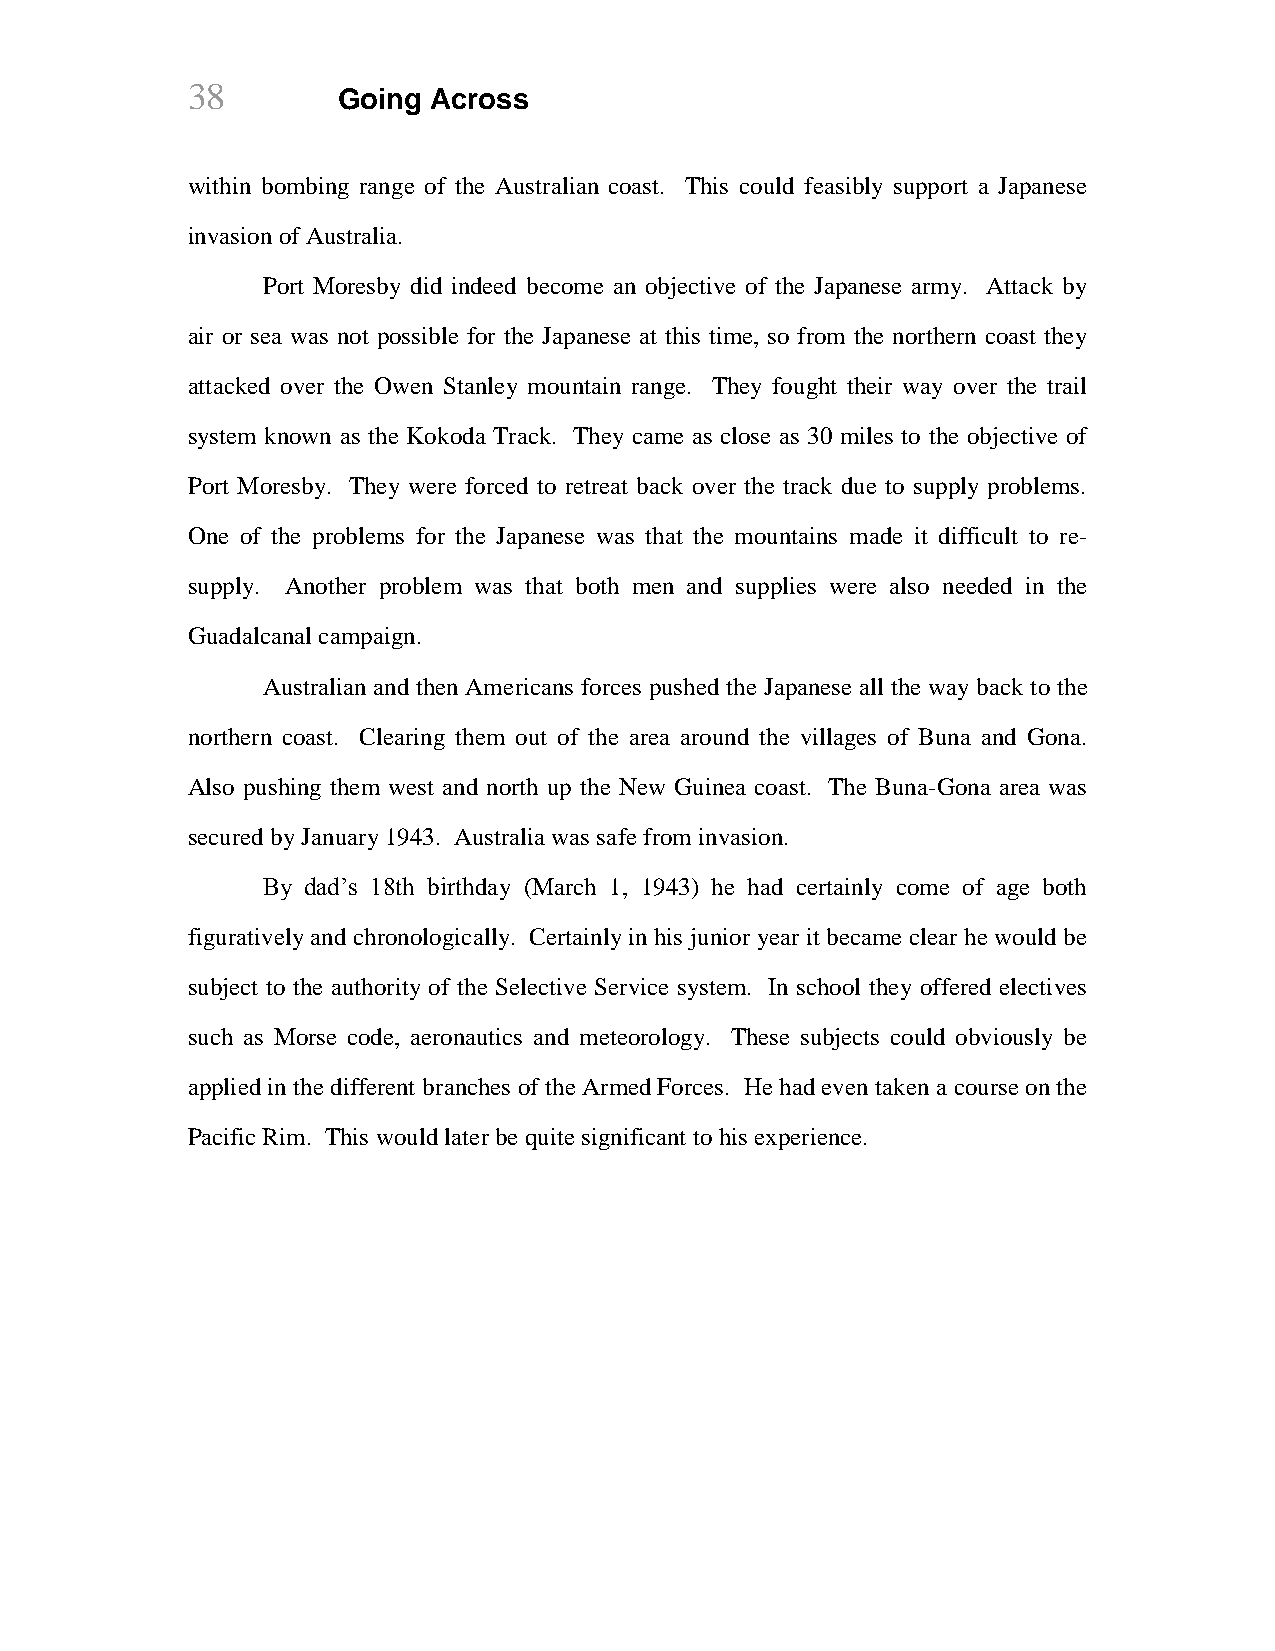
38        Going Across
 within bombing range of the Australian coast. This could feasibly support a Japanese
 invasion of Australia.
 Port Moresby did indeed become an objective of the Japanese army. Attack by
 air or sea was not possible for the Japanese at this time, so from the northern coast they
 attacked over the Owen Stanley mountain range. They fought their way over the trail
 system known as the Kokoda Track. They came as close as 30 miles to the objective of
 Port Moresby. They were forced to retreat back over the track due to supply problems.
 One of the problems for the Japanese was that the mountains made it difficult to re-
 supply. Another problem was that both men and supplies were also needed in the
 Guadalcanal campaign.
 Australian and then Americans forces pushed the Japanese all the way back to the
 northern coast. Clearing them out of the area around the villages of Buna and Gona.
 Also pushing them west and north up the New Guinea coast. The Buna-Gona area was
 secured by January 1943. Australia was safe from invasion.
 By dad’s 18th birthday (March 1, 1943) he had certainly come of age both
 figuratively and chronologically. Certainly in his junior year it became clear he would be
 subject to the authority of the Selective Service system. In school they offered electives
 such as Morse code, aeronautics and meteorology. These subjects could obviously be
 applied in the different branches of the Armed Forces. He had even taken a course on the
 Pacific Rim. This would later be quite significant to his experience.